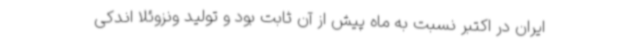
ایران در اکتبر نسبت به ماه پیش از آن ثابت بود و تولید ونزوئلا اندکی